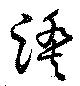
蹬